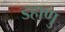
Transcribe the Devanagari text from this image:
डहाणु